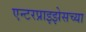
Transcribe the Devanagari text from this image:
एन्टरप्राइझेसच्या